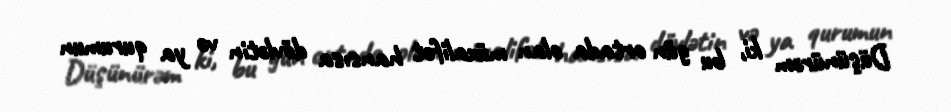
Düşünürəm ki, bu gün ortada olan müxalifət hansısa dövlətin və ya qurumun